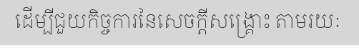
ដើម្បីជួយកិច្ចការនៃសេចក្តីសង្គ្រោះ តាមរយៈ